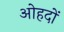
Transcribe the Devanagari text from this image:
अोहदों